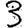
Digit: 3